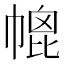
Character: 㡙